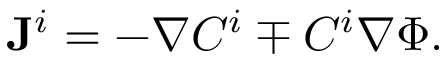
\mathbf { J } ^ { i } = - \nabla C ^ { i } \mp C ^ { i } \nabla \Phi .